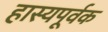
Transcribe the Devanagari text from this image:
हास्यपूर्वक